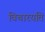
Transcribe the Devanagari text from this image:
विचारयति